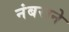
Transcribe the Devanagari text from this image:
नंबराने